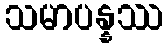
သမာပန္နဿ